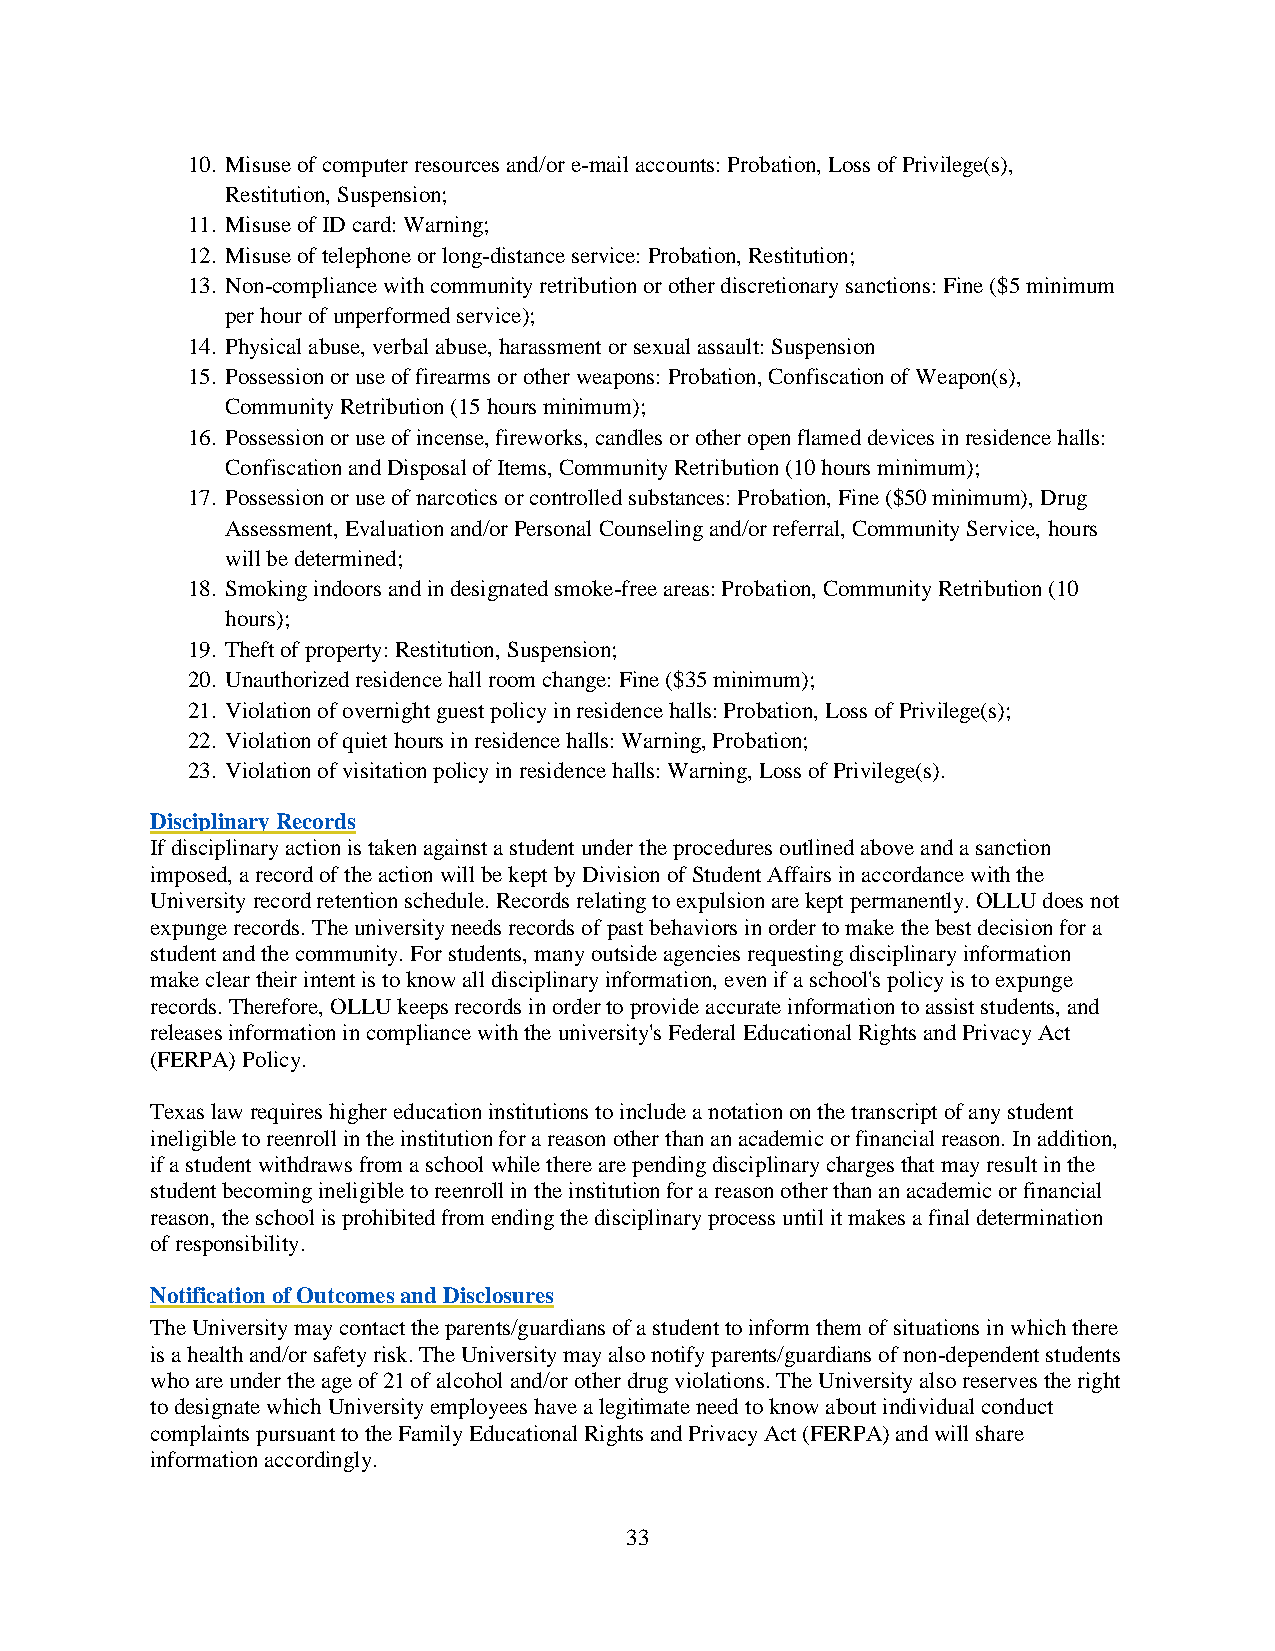
10. Misuse of computer resources and/or e-mail accounts: Probation, Loss of Privilege(s),
 Restitution, Suspension;
 11. Misuse of ID card: Warning;
 12. Misuse of telephone or long-distance service: Probation, Restitution;
 13. Non-compliance with community retribution or other discretionary sanctions: Fine ($5 minimum
 per hour of unperformed service);
 14. Physical abuse, verbal abuse, harassment or sexual assault: Suspension
 15. Possession or use of firearms or other weapons: Probation, Confiscation of Weapon(s),
 Community Retribution (15 hours minimum);
 16. Possession or use of incense, fireworks, candles or other open flamed devices in residence halls:
 Confiscation and Disposal of Items, Community Retribution (10 hours minimum);
 17. Possession or use of narcotics or controlled substances: Probation, Fine ($50 minimum), Drug
 Assessment, Evaluation and/or Personal Counseling and/or referral, Community Service, hours
 will be determined;
 18. Smoking indoors and in designated smoke-free areas: Probation, Community Retribution (10
 hours);
 19. Theft of property: Restitution, Suspension;
 20. Unauthorized residence hall room change: Fine ($35 minimum);
 21. Violation of overnight guest policy in residence halls: Probation, Loss of Privilege(s);
 22. Violation of quiet hours in residence halls: Warning, Probation;
 23. Violation of visitation policy in residence halls: Warning, Loss of Privilege(s).
 Disciplinary Records
 If disciplinary action is taken against a student under the procedures outlined above and a sanction
 imposed, a record of the action will be kept by Division of Student Affairs in accordance with the
 University record retention schedule. Records relating to expulsion are kept permanently. OLLU does not
 expunge records. The university needs records of past behaviors in order to make the best decision for a
 student and the community. For students, many outside agencies requesting disciplinary information
 make clear their intent is to know all disciplinary information, even if a school's policy is to expunge
 records. Therefore, OLLU keeps records in order to provide accurate information to assist students, and
 releases information in compliance with the university's Federal Educational Rights and Privacy Act
 (FERPA) Policy.
 Texas law requires higher education institutions to include a notation on the transcript of any student
 ineligible to reenroll in the institution for a reason other than an academic or financial reason. In addition,
 if a student withdraws from a school while there are pending disciplinary charges that may result in the
 student becoming ineligible to reenroll in the institution for a reason other than an academic or financial
 reason, the school is prohibited from ending the disciplinary process until it makes a final determination
 of responsibility.
 Notification of Outcomes and Disclosures
 The University may contact the parents/guardians of a student to inform them of situations in which there
 is a health and/or safety risk. The University may also notify parents/guardians of non-dependent students
 who are under the age of 21 of alcohol and/or other drug violations. The University also reserves the right
 to designate which University employees have a legitimate need to know about individual conduct
 complaints pursuant to the Family Educational Rights and Privacy Act (FERPA) and will share
 information accordingly.
 33